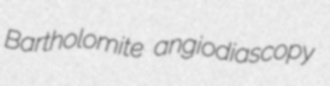
Bartholomite angiodiascopy